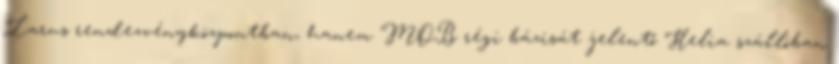
Larus rendezvényközpontban, hanem MOB régi bázisát jelentő Helia szállóban